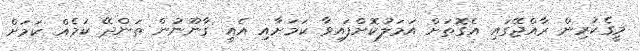
މީގެކުރިން ރާއްޖޭގައި އެގޮތަށް އަމަލުކޮށްފައިވާ ކަމަށާއި އެއީ ގާނޫނުން ތަންދޭ ކަމެއް ކަމަށް